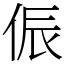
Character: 侲